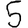
Digit: 5